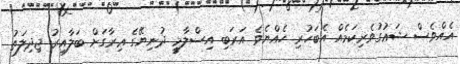
އެއްވެސް ޝަޢުގުވެރިކަމެއް އެބަހުރި ހެއްޔެވެ އަރަބި އިސްލާމީ ދުނިޔޭގެ ޢިރާގަށް ބަލާއިރު ޖިދިލަތު